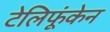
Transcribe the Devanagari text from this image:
टेलिफूंकेन